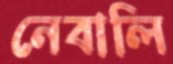
নেবালি